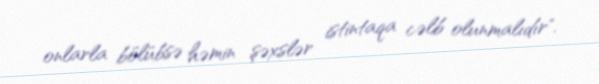
onlarla bölübsə həmin şəxslər istintaqa cəlb olunmalıdır".